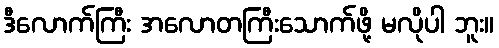
ဒီလောက်ကြီး အလောတကြီးသောက်ဖို့ မလိုပါ ဘူး။